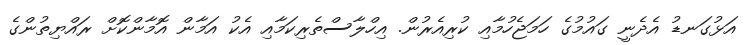
އަޅުގަނޑު އެދެނީ ގައުމުގެ ހަމަޖެހުމާއި ކުރިއެރުން. އިހްލާސްތެރިކަމާއި އެކު އަމާން އޮމާންކޮށް ރައްޔިތުންގެ